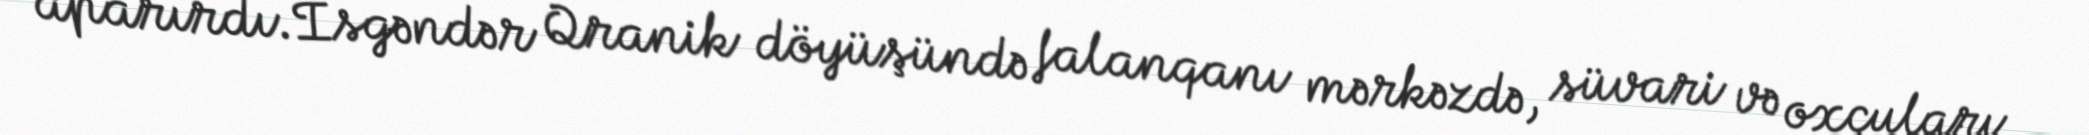
aparırdı.İsgəndər Qranik döyüşündə falanqanı mərkəzdə, süvari və oxçuları